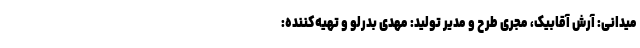
میدانی: آرش آقابیک، مجری طرح و مدیر تولید: مهدی بدرلو و تهیه‌کننده: